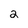
Character: 2